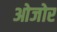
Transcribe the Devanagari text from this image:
ओजोर